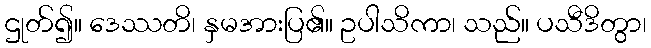
ဌုတ်၍။ ဒေဿတိ၊ နှမအားပြ၏။ ဥပါသိကာ၊ သည်။ ပသီဒိတွာ၊